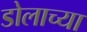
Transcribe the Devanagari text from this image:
डोलाच्या